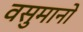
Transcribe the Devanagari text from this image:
वसुमानो